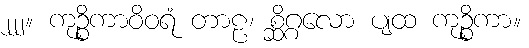
၂၂၂။ ကုဉ္စိကာဝိဝရံ တာဠ၊ စ္ဆိဂ္ဂလော ပျထ ကုဉ္စိကာ။